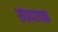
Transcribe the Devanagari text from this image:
संप्रदायफ़